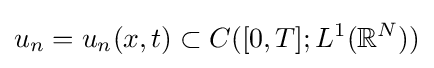
u_{n}=u_{n}(x,t)\subset C([0,T];L^{1}(\mathbb {R} ^{N}))